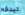
ليدفع